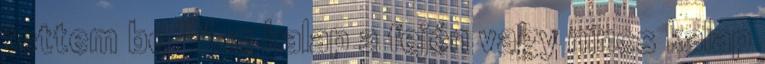
tettem be "Van kalap a fején vagy nincs kalap